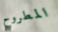
المطروح